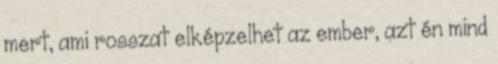
mert, ami rosszat elképzelhet az ember, azt én mind